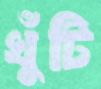
খুঁটি